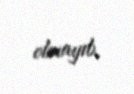
olmayıb.